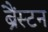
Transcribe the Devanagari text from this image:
ब्रैंस्टन